Leaving Certificate Examination (including Day School Certificate (Higher) General paper), 1927
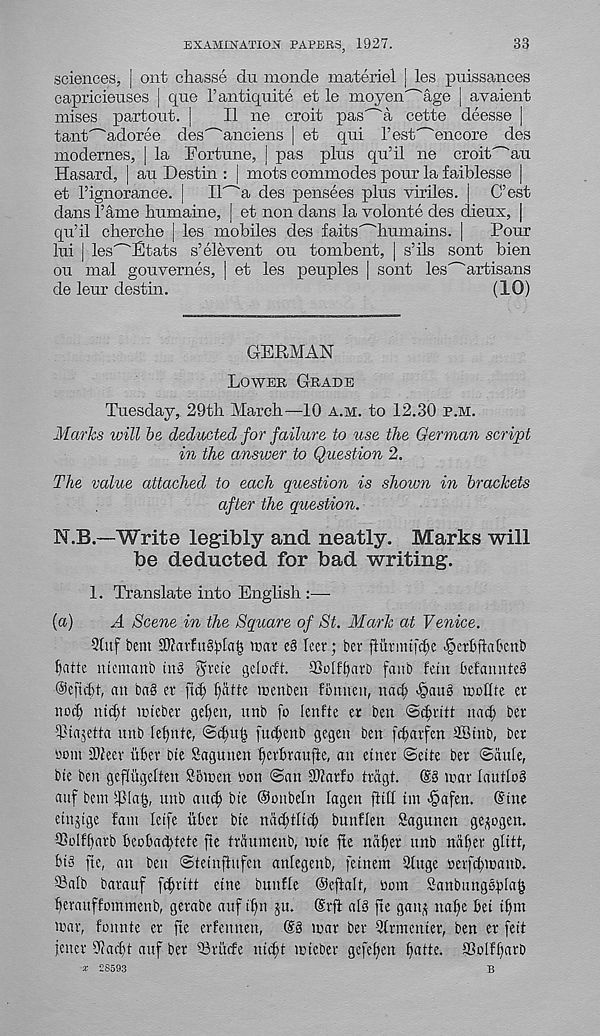
EXAMINATION PAPERS, 1927.
33
sciences, | ont cliasse da monde materiel | les puissamces
capricieuses j quo Pantiquite et le moyen'~'age [ avaient
raises partout. ]
II ne croit pas' - 'a cette deesse |
tant^adoree des^anciens | et qui. Pest'"'encore des
modemes, | la Fortune, | pas plus qu’il ne croit""au
Hasard, | au Destin : | mots commodes pour la faiblesse |
et Pignorance. |
Il^a des pensees plus viriles.
C’est
dans Pame humaine, | et non dans la volonte des dieux, |
qu’il cherche | les mobiles des faits' - 'humains. |
Pour
lui | les^Ftats s’elevent ou tombent, | s’ils sont bien
ou mal gouvemes, | et les peuples | sont les' - 'artisans
de leur destin.
(10)
GERMAN
Lower Grade
Tuesday, 29th March—10 a.m. to 12.30 p.m.
Maries ivill be deducted for failure to use the German script
in the answer to Question 2.
The value attached to each question is shown in brackets
after the question.
N.B.—Write legibly and neatly. Marks will
be deducted for bad writing.
1. Translate into English :—-
(a)
A Scene in the Square of St. Mark at Venice.
2htf bent
ttm
her; ber flimmfclje ^crbftal'cnb
i)atte ntemanb tn§ Shete gelorft. 93oIf§arb faitb fetn befaunteS
@eftd)t, an ba§ er fief) l)dtte trenben fotuien, nac^ ^attg ipollte er
noi^ ntdp icteber get)en, unb ft» lenfte er ben ©c^ritt nac| ber
^La^etta unb leljnte, ©t^u|3 fuc^enb gegen ben fc^arfen SBtnb, ber
bom 3)ieer itber Die Sagunen f)erbraufte, an etner ©eite ber ©dule,
bte ben geflugelten Soicen ton ©an iWarfo tragt. (S§ tear (anting
auf bent ipialy unb auc^ Die ©onbeln lagen fhd tin >§afen. @tne
etnjtge fam Iet[e iiber bte ndc^tltcb bunflen Sagunen ge^ogen.
95oIfljarb beobatbtete fte trdumenb, tete fie ndber unb naffer gtitt,
big fte, an ben ©tetnflufen anhgenb, fetnem Singe netfcbinanb.
©alb barauf f(^ritt etne bttnfle ©eftalt, nom Sanbungsblafe
berauffommenb, gerabe auf t^n ju. (Srfl alg fte gan^ nalfe bet tffm
war, fonnte er fte erfennen, @g war ber Slrmenter, ben er fett
jetter Siacft auf ber SBrucfe nic^t wteber gefe^en ffdtte. SSolf^arb
* 28593
B